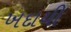
ખદાયી